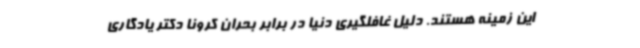
این زمینه هستند. دلیل غافلگیری دنیا در برابر بحران کرونا دکتر یادگاری